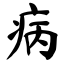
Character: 病